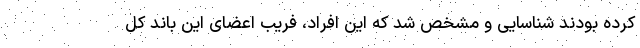
کرده بودند شناسایی و مشخص شد که این افراد، فریب اعضای این باند کل